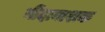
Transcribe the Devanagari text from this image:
नींदानाशक